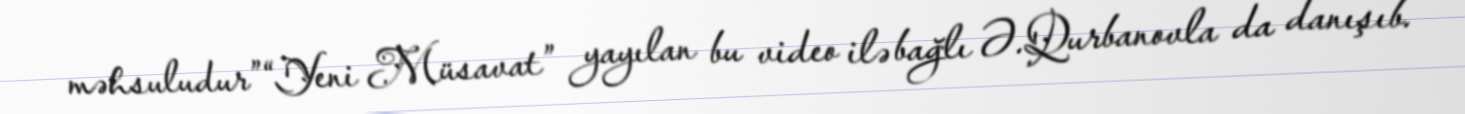
məhsuludur”“Yeni Müsavat” yayılan bu video ilə bağlı Ə.Qurbanovla da danışıb.